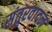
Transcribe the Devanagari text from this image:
संतुरवादन